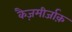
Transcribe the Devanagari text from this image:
कैज़मीर्जाक़